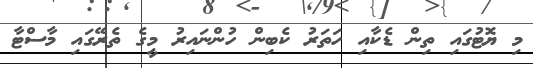
މި ޔޮޓުގައި ތިން ޑެކާއި ހަތަރު ކެބިން ހުންނައިރު މީގެ ތެރޭގައި މާސްޓާ